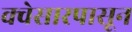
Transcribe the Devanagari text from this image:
क्वेसारपासून